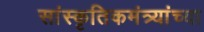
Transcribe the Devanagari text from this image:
सांस्कृतिकमंत्र्यांच्या